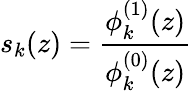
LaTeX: s_{k}(z)={\frac{\phi_{k}^{(1)}(z)}{\phi_{k}^{(0)}(z)}}